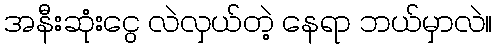
အနီးဆုံးငွေ လဲလှယ်တဲ့ နေရာ ဘယ်မှာလဲ။